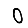
Digit: 0